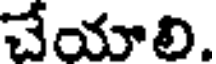
చేయాలి.